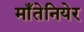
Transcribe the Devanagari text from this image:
माँतेनियेर